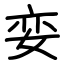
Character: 娈